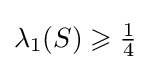
\lambda _{1}(S)\geqslant {\tfrac {1}{4}}